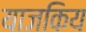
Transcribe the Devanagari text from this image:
याजकिय